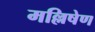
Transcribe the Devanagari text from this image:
मल्लिषेण